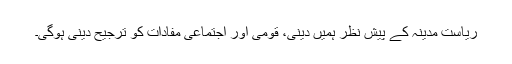
ریاست مدینہ کے پیش نظر ہمیں دینی، قومی اور اجتماعی مفادات کو ترجیح دینی ہوگی۔